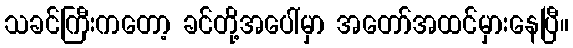
သခင်ကြီးကတော့ ခင်တို့အပေါ်မှာ အတော်အထင်မှားနေပြီ။